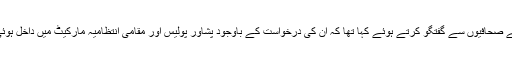
پشاور میں افغان قونصل جنرل محمد ہاشم نیازی نے صحافیوں سے گفتگو کرتے ہوئے کہا تھا کہ ان کی درخواست کے باوجود پشاور پولیس اور مقامی انتظامیہ مارکیٹ میں داخل ہوئی اور مارکیٹ کے اوپر لگا ہوا افغان پرچم اتار دیا۔